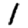
Digit: 1